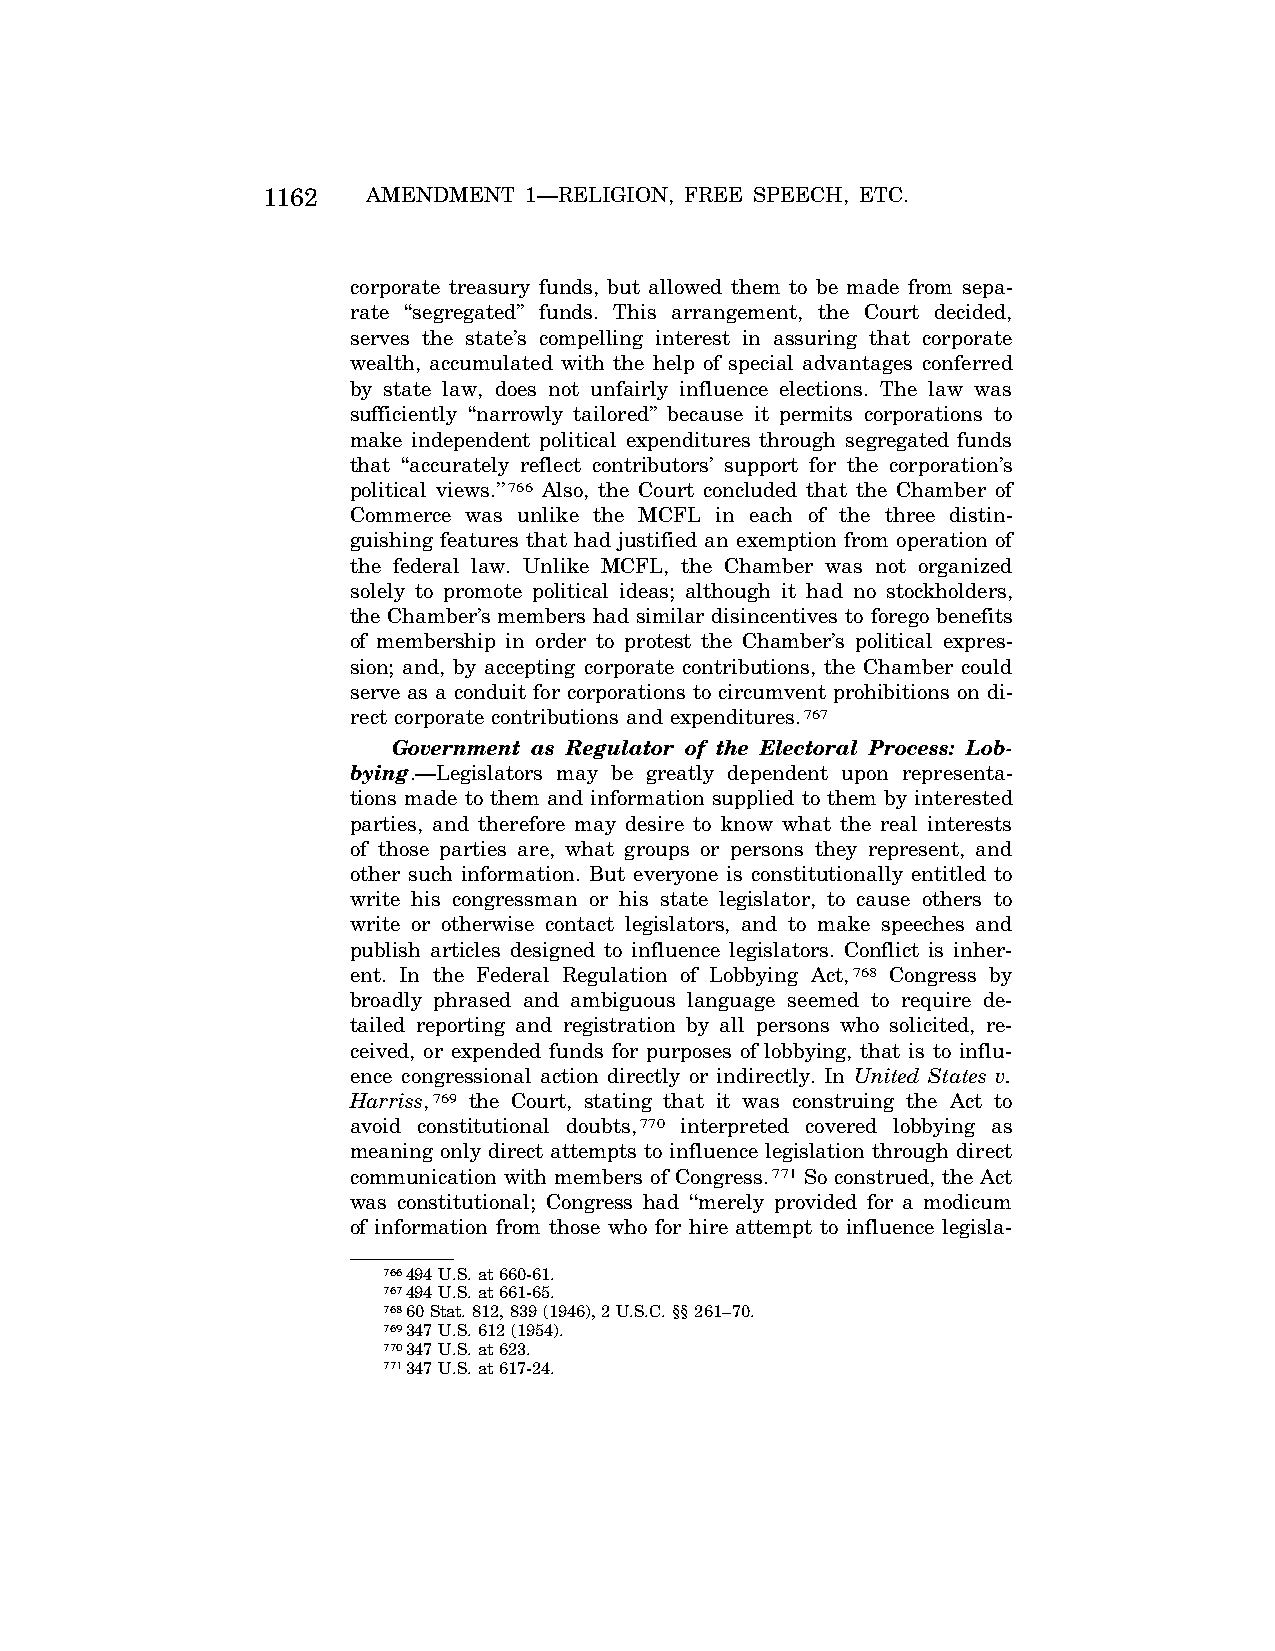
1162   AMENDMENT  1—RELIGION, FREE SPEECH, ETC.
 corporate treasury funds, but allowed them to be made from sepa-
 rate ‘‘segregated’’ funds. This arrangement, the Court decided,
 serves the state’s compelling interest in assuring that corporate
 wealth, accumulated with the help of special advantages conferred
 by state law, does not unfairly influence elections. The law was
 sufficiently ‘‘narrowly tailored’’ because it permits corporations to
 make independent political expenditures through segregated funds
 that ‘‘accurately reflect contributors’ support for the corporation’s
 political views.’’766 Also, the Court concluded that the Chamber of
 Commerce was unlike the MCFL in each of the three distin-
 guishing features that had justified an exemption from operation of
 the federal law. Unlike MCFL, the Chamber was not organized
 solely to promote political ideas; although it had no stockholders,
 the Chamber’s members had similar disincentives to forego benefits
 of membership in order to protest the Chamber’s political expres-
 sion; and, by accepting corporate contributions, the Chamber could
 serve as a conduit for corporations to circumvent prohibitions on di-
 rect corporate contributions and expenditures.767
 Government as Regulator of the Electoral Process: Lob-
 bying.—Legislators may be greatly dependent upon representa-
 tions made to them and information supplied to them by interested
 parties, and therefore may desire to know what the real interests
 of those parties are, what groups or persons they represent, and
 other such information. But everyone is constitutionally entitled to
 write his congressman or his state legislator, to cause others to
 write or otherwise contact legislators, and to make speeches and
 publish articles designed to influence legislators. Conflict is inher-
 ent. In the Federal Regulation of Lobbying Act,768 Congress by
 broadly phrased and ambiguous language seemed to require de-
 tailed reporting and registration by all persons who solicited, re-
 ceived, or expended funds for purposes of lobbying, that is to influ-
 ence congressional action directly or indirectly. In United States v.
 Harriss,769 the Court, stating that it was construing the Act to
 avoid constitutional doubts,770 interpreted covered lobbying as
 meaning only direct attempts to influence legislation through direct
 communication with members of Congress.771 So construed, the Act
 was constitutional; Congress had ‘‘merely provided for a modicum
 of information from those who for hire attempt to influence legisla-
 766494 U.S. at 660-61.
 767494 U.S. at 661-65.
 76860 Stat. 812, 839 (1946), 2 U.S.C. §§ 261–70.
 769347 U.S. 612 (1954).
 770347 U.S. at 623.
 771347 U.S. at 617-24.
 VerDate Apr<15>2004 08:57 Jun 25, 2004 Jkt 077500 PO 00000 Frm 00150 Fmt 8222 Sfmt 8222 C:\CONAN\CON024.SGM PRFM99 PsN: CON024